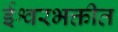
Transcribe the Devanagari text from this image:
ईश्वरभक्तीत